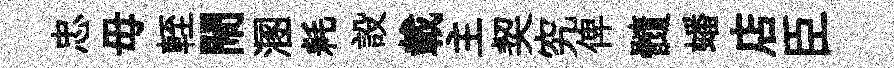
忠毋輊閙溷耗設載主契究俾髓蟠店臣